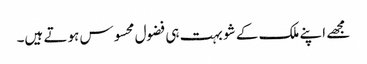
مجھے اپنے ملک کے شو بہت ہی فضول محسوس ہوتے ہیں۔